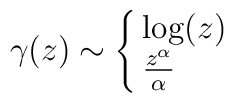
\gamma(z) \sim \cases {\log (z) \cr  \frac{z^\alpha}{\alpha}\cr}